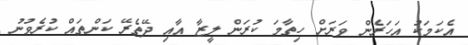
އެކަމަކު އަހަރެން ވަރަށް ހިތާމަ ކުރަން ލީޒާ އާއި ދޭތެރޭ ކަންތައް ކުރެވުނު